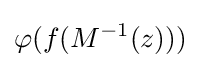
\varphi (f(M^{-1}(z)))